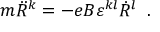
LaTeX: m \ddot { R } ^ { k } = - e B \varepsilon ^ { k l } \dot { R } ^ { l } \; \; .